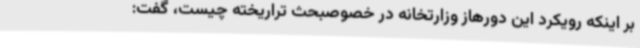
بر اینکه رویکرد این دورهاز وزارتخانه در خصوصبحث تراریخته چیست، گفت: